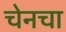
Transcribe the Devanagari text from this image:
चेनचा